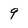
Character: 9